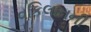
વકિલાતની